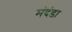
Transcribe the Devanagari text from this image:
मंदंडा